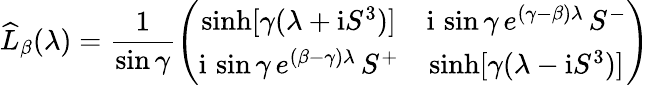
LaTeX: \widehat{L}_{\beta}(\lambda)=\frac{1}{\sin\gamma}\left(\begin{array}{cc}{{\sinh[\gamma(\lambda+\mathrm{i}S^{3})]}}&{{\mathrm{i}\, \sin\gamma\, e^{(\gamma-\beta)\lambda}\, S^{-}}}\\ {{\mathrm{i}\, \sin\gamma\, e^{(\beta-\gamma)\lambda}\, S^{+}}}&{{\sinh[\gamma(\lambda-\mathrm{i}S^{3})]}}\end{array}\right)